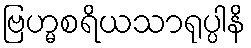
ဗြဟ္မစရိယသာရုပ္ပါနိ